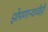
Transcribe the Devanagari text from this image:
झोपणाऱ्याचीही